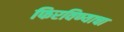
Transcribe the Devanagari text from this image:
फिरविण्याचा